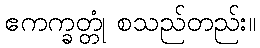
ဧကက္ခတ္တုံ စသည်တည်း။